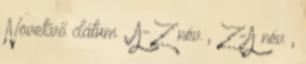
Növekvő dátum , A-Z név , Z-A név ,